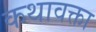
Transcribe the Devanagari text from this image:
कथावक्ता